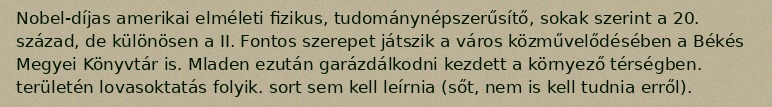
Nobel-díjas amerikai elméleti fizikus, tudománynépszerűsítő, sokak szerint a 20. század, de különösen a II. Fontos szerepet játszik a város közművelődésében a Békés Megyei Könyvtár is. Mladen ezután garázdálkodni kezdett a környező térségben. területén lovasoktatás folyik. sort sem kell leírnia (sőt, nem is kell tudnia erről).